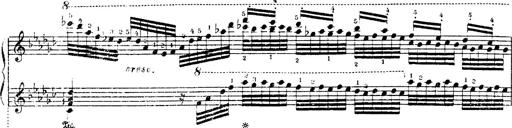
Title: Danza sacra e duetto finale dâ€™Aida
Composer: Franz Liszt